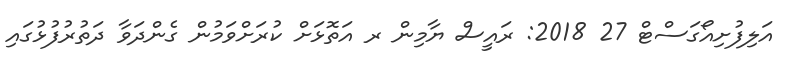
އަލިފުށިއޯގަސްޓް 27 2018: ރައީސް ޔާމިން ރ އަތޮޅަަށް ކުރަށްވަމުން ގެންދަވާ ދަތުރުފުޅުގައި